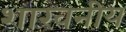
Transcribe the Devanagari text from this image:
शाखनीय